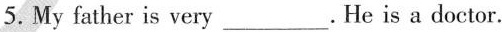
5.My father is very___. He is a doctor.